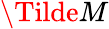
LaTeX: \Tilde{M}